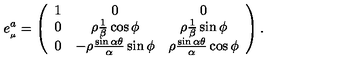
e _ { _ { \mu } } ^ { a } = \left( \begin{array} { c c c } { 1 } & { 0 } & { 0 } \\ { 0 } & { \rho \frac { 1 } { \beta } \cos \phi } & { \rho \frac { 1 } { \beta } \sin \phi } \\ { 0 } & { - \rho \frac { \sin \alpha \theta } { \alpha } \sin \phi } & { \rho \frac { \sin \alpha \theta } { \alpha } \cos \phi } \\ \end{array} \right) .